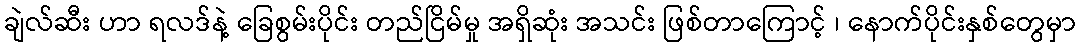
ချဲလ်ဆီး ဟာ ရလဒ်နဲ့ ခြေစွမ်းပိုင်း တည်ငြိမ်မှု အရှိဆုံး အသင်း ဖြစ်တာကြောင့် ၊ နောက်ပိုင်းနှစ်တွေမှာ